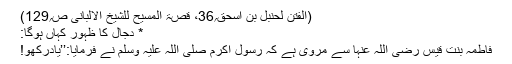
(الفتن لحنبل بن اسحق؍36، قصۃ المسیح للشیخ الالبانی ص؍129)
* دجال کا ظہور کہاں ہوگا:
فاطمہ بنت قیس رضی اللہ عنہا سے مروی ہے کہ رسول اکرم صلی اللہ علیہ وسلم نے فرمایا:’’یادرکھو!